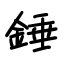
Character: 錘